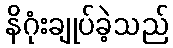
နိဂုံးချုပ်ခဲ့သည်